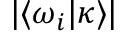
| \langle \omega _ { i } | \kappa \rangle |